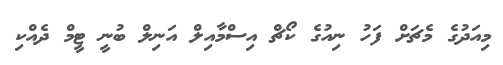
މިއަދުގެ މެޗަށް ފަހު ނިއުގެ ކޯޗް އިސްމާއިލް އަނިލް ބުނީ ޓީމް ދެއްކި